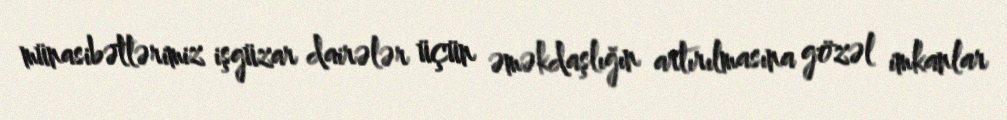
münasibətlərimiz işgüzar dairələr üçün əməkdaşlığın artırılmasına gözəl imkanlar